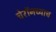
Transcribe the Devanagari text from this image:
चेरॉनच्याच